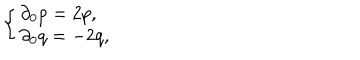
\left\{ \left\{ \begin{cases} { { \partial _ { 0 } p = 2 p , } } \\ { { \partial _ { 0 } q = - 2 q , } } \\ \end{cases} \right. \right.